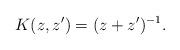
LaTeX: \begin{align*}K(z,z')=(z+z')^{-1}.\end{align*}